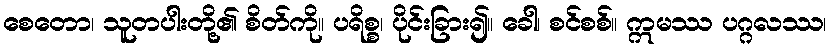
စေတော၊ သူတပါးတို့၏ စိတ်ကို။ ပရိစ္စ၊ ပိုင်းခြား၍။ ခေါ၊ စင်စစ်။ ဣမဿ ပဂ္ဂလဿ၊